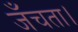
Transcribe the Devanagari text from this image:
जँचता।